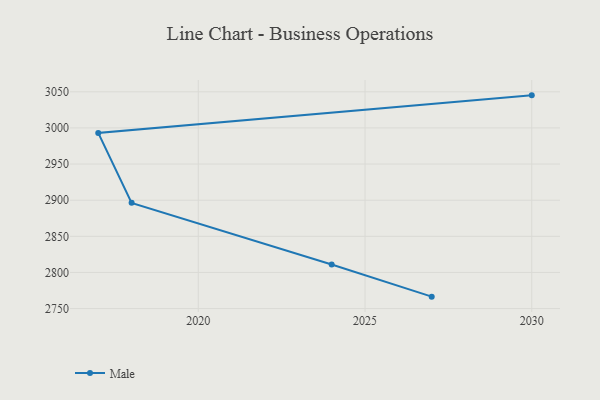
{"axis": {"x": "Year", "y": "Inventory Turnover"}, "legend": ["Male"], "data": [{"x": "2030", "y": 3045.1, "type": "Male"}, {"x": "2017", "y": 2993.1, "type": "Male"}, {"x": "2018", "y": 2896.3, "type": "Male"}, {"x": "2024", "y": 2811.0, "type": "Male"}, {"x": "2027", "y": 2766.5, "type": "Male"}]}